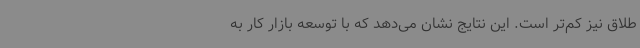
طلاق نیز کم‌تر است. این نتایج نشان می‌دهد که با توسعه بازار کار به